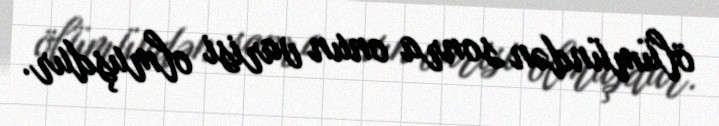
ölümündən sonra onun varisi olmuşdur.